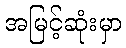
အမြင့်ဆုံးမှာ